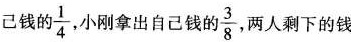
己钱的 \frac{1}{4}小刚拿出自己钱的 \frac{3}{8} 两人剩下的钱